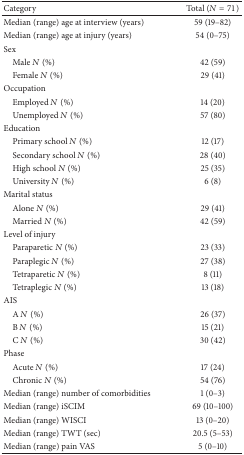
<table><thead><tr><td><b>Category</b></td><td><b>Total (<i>N</i> = 71)</b></td></tr></thead><tbody><tr><td>Median (range) age at interview (years)</td><td>59 (19–82)</td></tr><tr><td>Median (range) age at injury (years)</td><td>54 (0–75)</td></tr><tr><td>Sex</td><td> </td></tr><tr><td> Male <i>N</i> (%)</td><td>42 (59)</td></tr><tr><td> Female <i>N</i> (%)</td><td>29 (41)</td></tr><tr><td>Occupation</td><td> </td></tr><tr><td> Employed <i>N</i> (%)</td><td>14 (20)</td></tr><tr><td> Unemployed <i>N</i> (%)</td><td>57 (80)</td></tr><tr><td>Education</td><td> </td></tr><tr><td> Primary school <i>N</i> (%)</td><td>12 (17)</td></tr><tr><td> Secondary school <i>N</i> (%)</td><td>28 (40)</td></tr><tr><td> High school <i>N</i> (%)</td><td>25 (35)</td></tr><tr><td> University <i>N</i> (%)</td><td>6 (8)</td></tr><tr><td>Marital status</td><td> </td></tr><tr><td> Alone <i>N</i> (%)</td><td>29 (41)</td></tr><tr><td> Married <i>N</i> (%)</td><td>42 (59)</td></tr><tr><td>Level of injury</td><td> </td></tr><tr><td> Paraparetic <i>N</i> (%)</td><td>23 (33)</td></tr><tr><td> Paraplegic <i>N</i> (%)</td><td>27 (38)</td></tr><tr><td> Tetraparetic <i>N</i> (%)</td><td>8 (11)</td></tr><tr><td> Tetraplegic <i>N</i> (%)</td><td>13 (18)</td></tr><tr><td>AIS</td><td> </td></tr><tr><td> A <i>N</i> (%)</td><td>26 (37)</td></tr><tr><td> B <i>N</i> (%)</td><td>15 (21)</td></tr><tr><td> C <i>N</i> (%)</td><td>30 (42)</td></tr><tr><td>Phase</td><td> </td></tr><tr><td> Acute <i>N</i> (%)</td><td>17 (24)</td></tr><tr><td> Chronic <i>N</i> (%)</td><td>54 (76)</td></tr><tr><td>Median (range) number of comorbidities</td><td>1 (0–3)</td></tr><tr><td>Median (range) iSCIM</td><td>69 (10–100)</td></tr><tr><td>Median (range) WISCI</td><td>13 (0–20)</td></tr><tr><td>Median (range) TWT (sec)</td><td>20.5 (5–53)</td></tr><tr><td>Median (range) pain VAS</td><td>5 (0–10)</td></tr></tbody></table>